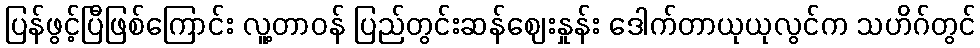
ပြန်ဖွင့်ပြီဖြစ်ကြောင်း လူ့တာဝန် ပြည်တွင်းဆန်ဈေးနှုန်း ဒေါက်တာယုယုလွင်က သဟိဂ်တွင်